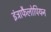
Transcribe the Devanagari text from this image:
इंट्राफैलोपियन